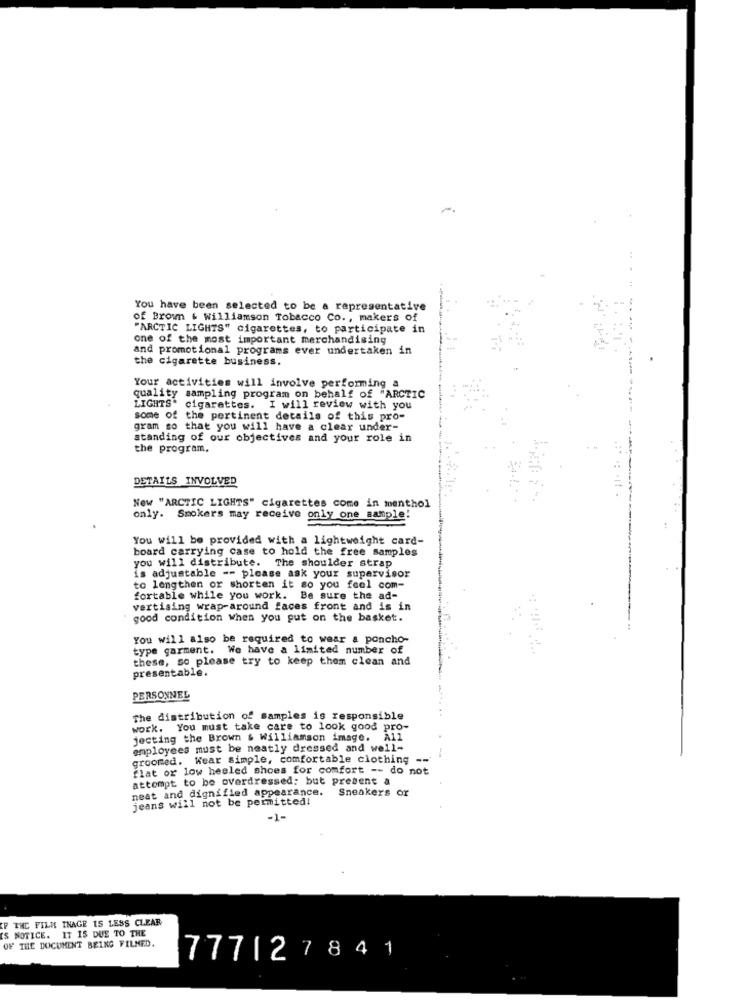
You have been selected to be a representative
of Brown & Williamson Tobacco Co ., makers of
"ARCTIC LIGHTS" cigarettes, to participate in
one of the most important merchandising
and promotional programs ever undertaken in
the cigarette business.
Your activities will involve performing a
quality sampling program on behalf of "ARCTIC
LIGHTS" cigarettes. I will review with you
some of the pertinent details of this pro-
gram so that you will have a clear under-
standing of our objectives and your role in
the program.
-at
DETAILS INVOLVED
New "ARCTIC LIGHTS" cigarettes come in menthol
only. Smokers may receive only one sample!
You will be provided with a lightweight card-
board carrying case to hold the free samples
you will distribute. The shoulder strap
is adjustable -- please ask your supervisor
to lengthen or shorten it so you feel com-
fortable while you work. Be sure the ad-
vertising wrap-around faces front and is in
good condition when you put on the basket.
You will also be required to wear a poncho-
type garment. We have a limited number of
these, so please try to keep them clean and
presentable.
PERSONNEL
The distribution of samples is responsible
work. You must take care to look good pro-
jecting the Brown & Williamson image. All
employees must be neatly dressed and well-
groomed. Wear simple, comfortable clothing --
flat or low heeled shoes for comfort -- do not
attempt to be overdressed: but present a
neat and dignified appearance.
Sneakers or
jeans will not be permitted!
-1-
THE FILM INAGE IS LESS CLEAR
IS NOTICE. IT 15 DUE TO THE
OF THE DOCUMENT BEING FILMED.
777127841